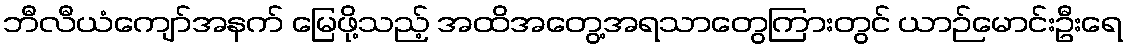
ဘီလီယံကျော်အနက် မြေဖို့သည့် အထိအတွေ့အရသာတွေကြားတွင် ယာဉ်မောင်းဦးရေ